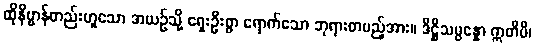
ထိုနိဗ္ဗာန်တည်းဟူသော အယဉ်သို့ ရှေးဦးစွာ ရောက်သော ဘုရားတပည့်အား။ ဒိဋ္ဌိသမ္ပန္နော ဣတိပိ၊